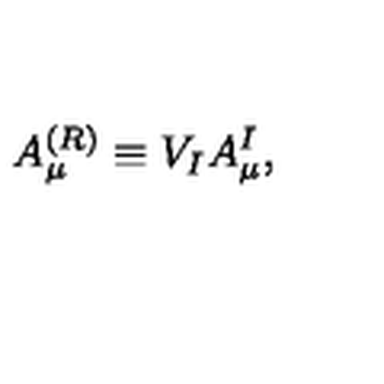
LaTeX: A _ { \mu } ^ { ( R ) } \equiv V _ { I } A _ { \mu } ^ { I } ,